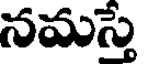
నమస్తే